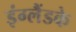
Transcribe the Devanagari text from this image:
इंग्लैंडके